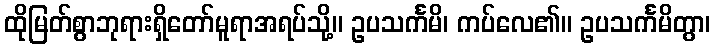
ထိုမြတ်စွာဘုရားရှိတော်မူရာအရပ်သို့။ ဥပသင်္ကမိ၊ ကပ်လေ၏။ ဥပသင်္ကမိတွာ၊